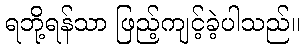
ရဘို့ရန်သာ ဖြည့်ကျင့်ခဲ့ပါသည်။